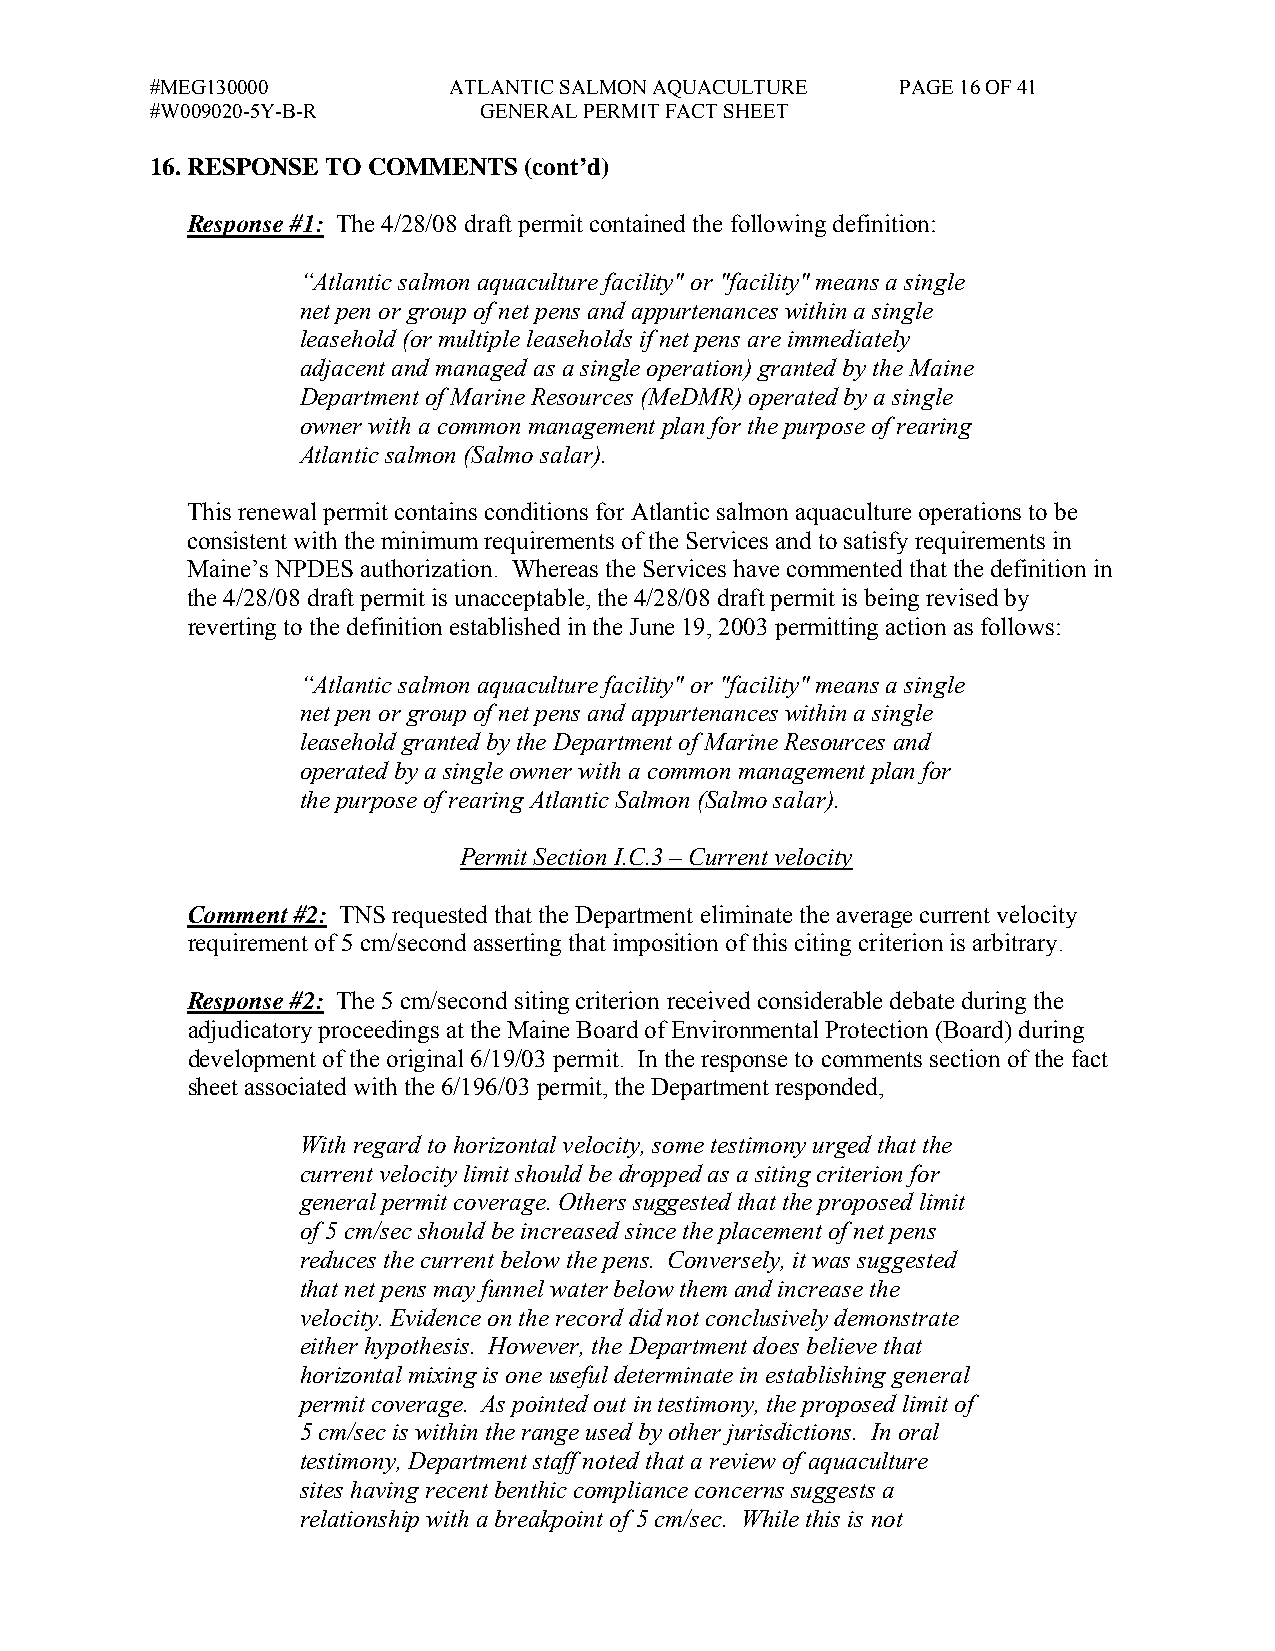
#MEG130000          ATLANTIC SALMON AQUACULTURE   PAGE 16 OF 41
 #W009020-5Y-B-R       GENERAL PERMIT FACT SHEET
 16. RESPONSE TO COMMENTS (cont’d)
 Response #1: The 4/28/08 draft permit contained the following definition:
 “Atlantic salmon aquaculture facility" or "facility" means a single
 net pen or group of net pens and appurtenances within a single
 leasehold (or multiple leaseholds if net pens are immediately
 adjacent and managed as a single operation) granted by the Maine
 Department of Marine Resources (MeDMR) operated by a single
 owner with a common management plan for the purpose of rearing
 Atlantic salmon (Salmo salar).
 This renewal permit contains conditions for Atlantic salmon aquaculture operations to be
 consistent with the minimum requirements of the Services and to satisfy requirements in
 Maine’s NPDES authorization. Whereas the Services have commented that the definition in
 the 4/28/08 draft permit is unacceptable, the 4/28/08 draft permit is being revised by
 reverting to the definition established in the June 19, 2003 permitting action as follows:
 “Atlantic salmon aquaculture facility" or "facility" means a single
 net pen or group of net pens and appurtenances within a single
 leasehold granted by the Department of Marine Resources and
 operated by a single owner with a common management plan for
 the purpose of rearing Atlantic Salmon (Salmo salar).
 Permit Section I.C.3 – Current velocity
 Comment #2: TNS requested that the Department eliminate the average current velocity
 requirement of 5 cm/second asserting that imposition of this citing criterion is arbitrary.
 Response #2: The 5 cm/second siting criterion received considerable debate during the
 adjudicatory proceedings at the Maine Board of Environmental Protection (Board) during
 development of the original 6/19/03 permit. In the response to comments section of the fact
 sheet associated with the 6/196/03 permit, the Department responded,
 With regard to horizontal velocity, some testimony urged that the
 current velocity limit should be dropped as a siting criterion for
 general permit coverage. Others suggested that the proposed limit
 of 5 cm/sec should be increased since the placement of net pens
 reduces the current below the pens. Conversely, it was suggested
 that net pens may funnel water below them and increase the
 velocity. Evidence on the record did not conclusively demonstrate
 either hypothesis. However, the Department does believe that
 horizontal mixing is one useful determinate in establishing general
 permit coverage. As pointed out in testimony, the proposed limit of
 5 cm/sec is within the range used by other jurisdictions. In oral
 testimony, Department staff noted that a review of aquaculture
 sites having recent benthic compliance concerns suggests a
 relationship with a breakpoint of 5 cm/sec. While this is not